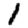
Digit: 1